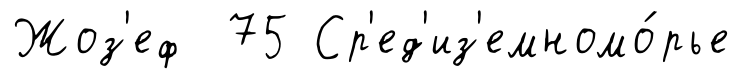
Жоз'еф 75 Ср'ед'из'емномо́рье